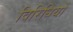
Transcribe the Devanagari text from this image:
विरिधियों